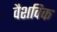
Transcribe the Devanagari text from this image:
वैशविक